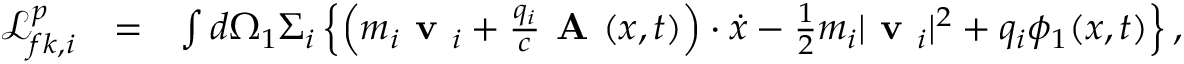
\begin{array} { r l r } { \mathcal { L } _ { f k , i } ^ { p } } & { = } & { \int d \Omega _ { 1 } \Sigma _ { i } \left\{ \left( m _ { i } \textbf { v } _ { i } + \frac { q _ { i } } { c } \textbf { A } ( x , t ) \right) \boldsymbol { \boldsymbol { \cdot } } \dot { x } - \frac { 1 } { 2 } m _ { i } | \textbf { v } _ { i } | ^ { 2 } + q _ { i } \phi _ { 1 } ( x , t ) \right\} , } \end{array}